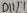
Text: D11